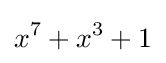
x^{7}+x^{3}+1